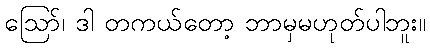
ဪ၊ ဒါ တကယ်တော့ ဘာမှမဟုတ်ပါဘူး။